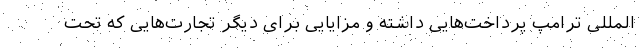
المللی ترامپ پرداخت‌هایی داشته و مزایایی برای دیگر تجارت‌هایی که تحت